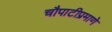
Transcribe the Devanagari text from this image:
चौपाटीप्रमाणे